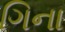
ગિના